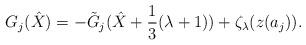
LaTeX: \begin{align*}G_{j}(\hat{X})=-\tilde{G}_{j}(\hat{X}+\frac13(\lambda+1))+\zeta_\lambda(z(a_j)).\end{align*}